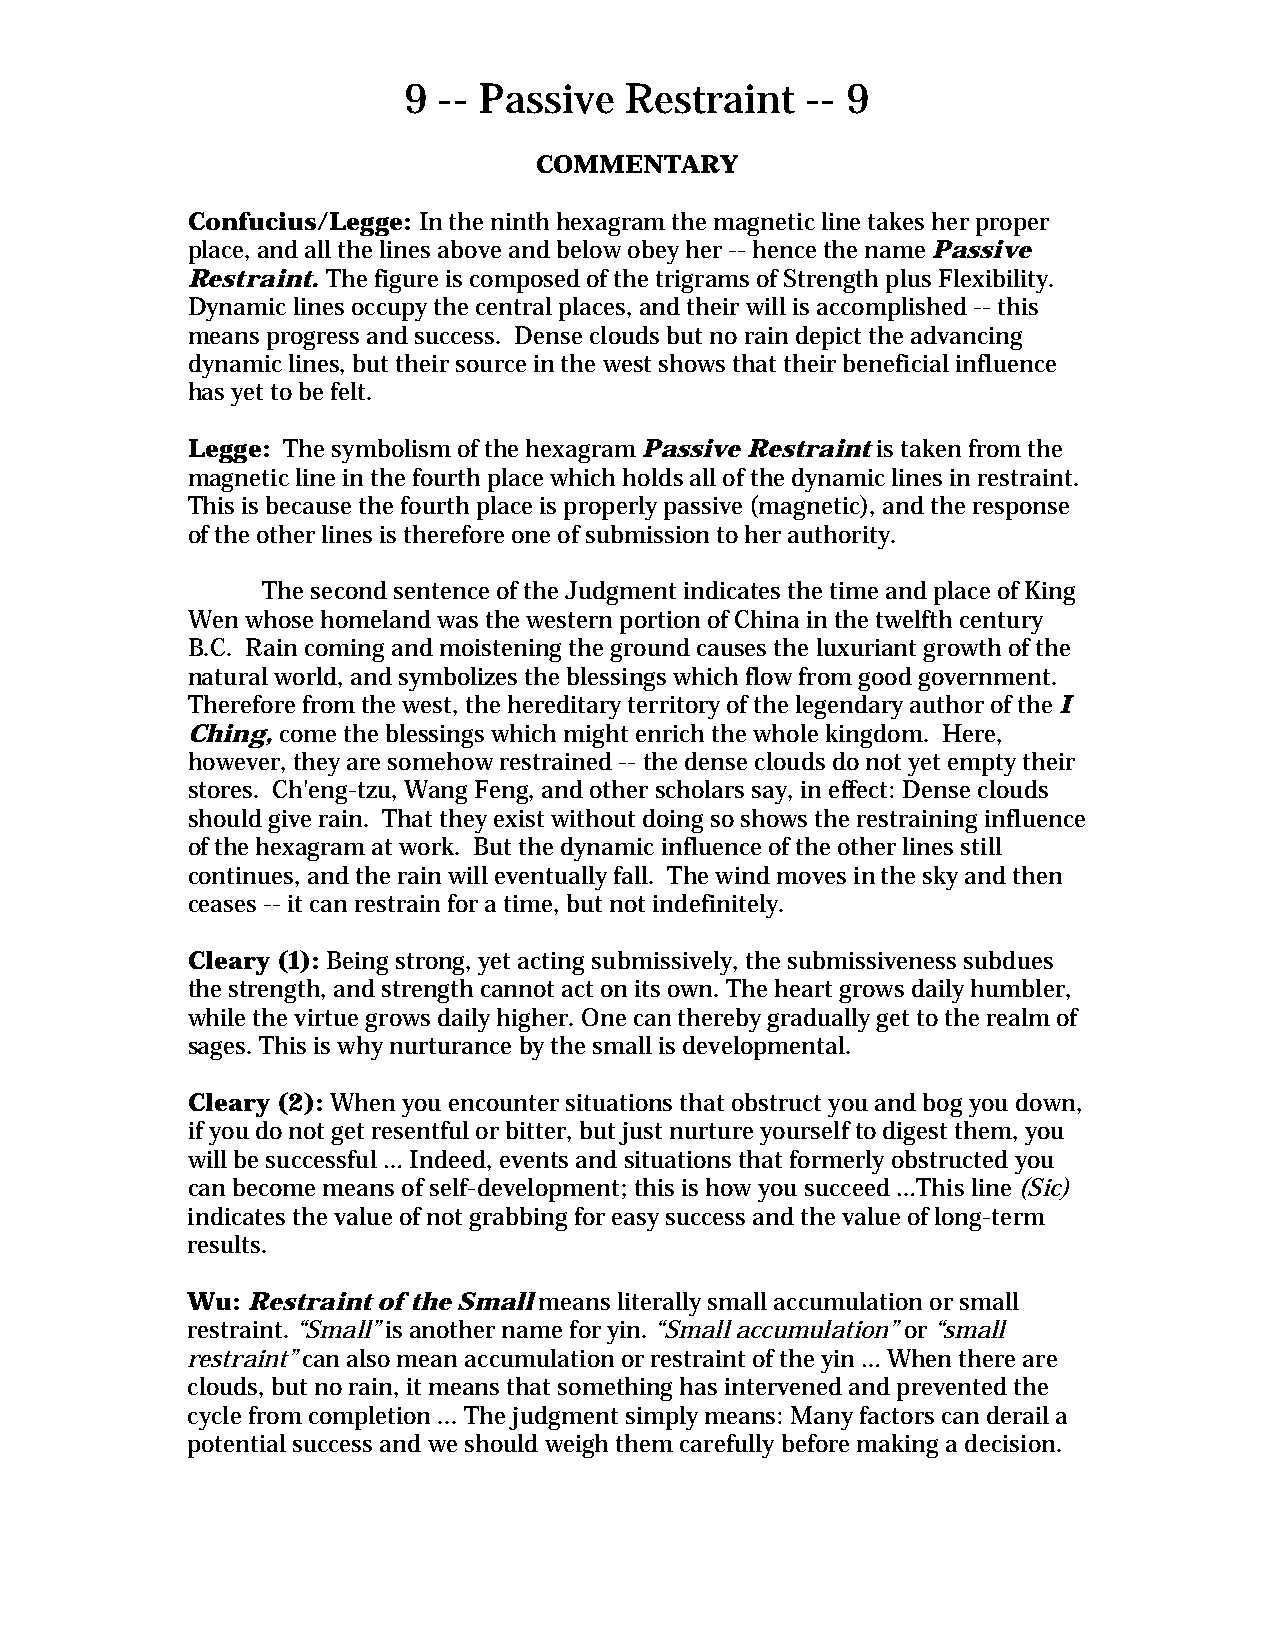
9 -- Passive  Restraint   -- 9
 COMMENTARY
 Confucius/Legge: In the ninth hexagram the magnetic line takes her proper
 place, and all the lines above and below obey her -- hence the name Passive
 Restraint. The figure is composed of the trigrams of Strength plus Flexibility.
 Dynamic lines occupy the central places, and their will is accomplished -- this
 means progress and success. Dense clouds but no rain depict the advancing
 dynamic lines, but their source in the west shows that their beneficial influence
 has yet to be felt.
 Legge: The symbolism of the hexagram Passive Restraint is taken from the
 magnetic line in the fourth place which holds all of the dynamic lines in restraint.
 This is because the fourth place is properly passive (magnetic), and the response
 of the other lines is therefore one of submission to her authority.
 The second sentence of the Judgment indicates the time and place of King
 Wen whose homeland was the western portion of China in the twelfth century
 B.C. Rain coming and moistening the ground causes the luxuriant growth of the
 natural world, and symbolizes the blessings which flow from good government.
 Therefore from the west, the hereditary territory of the legendary author of the I
 Ching, come the blessings which might enrich the whole kingdom. Here,
 however, they are somehow restrained -- the dense clouds do not yet empty their
 stores. Ch'eng-tzu, Wang Feng, and other scholars say, in effect: Dense clouds
 should give rain. That they exist without doing so shows the restraining influence
 of the hexagram at work. But the dynamic influence of the other lines still
 continues, and the rain will eventually fall. The wind moves in the sky and then
 ceases -- it can restrain for a time, but not indefinitely.
 Cleary (1): Being strong, yet acting submissively, the submissiveness subdues
 the strength, and strength cannot act on its own. The heart grows daily humbler,
 while the virtue grows daily higher. One can thereby gradually get to the realm of
 sages. This is why nurturance by the small is developmental.
 Cleary (2): When you encounter situations that obstruct you and bog you down,
 if you do not get resentful or bitter, but just nurture yourself to digest them, you
 will be successful … Indeed, events and situations that formerly obstructed you
 can become means of self-development; this is how you succeed …This line (Sic)
 indicates the value of not grabbing for easy success and the value of long-term
 results.
 Wu: Restraint of the Small means literally small accumulation or small
 restraint. “Small” is another name for yin. “Small accumulation” or “small
 restraint” can also mean accumulation or restraint of the yin … When there are
 clouds, but no rain, it means that something has intervened and prevented the
 cycle from completion ... The judgment simply means: Many factors can derail a
 potential success and we should weigh them carefully before making a decision.